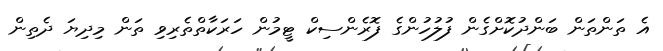
އެ ތަންތަން ބަންދުކޮށްގެން ފުލުހުންގެ ފޮރެންސިކް ޓީމުން ހަރަކާތްތެރިވި ތަން މިދިޔަ ދެތިން